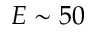
E \sim 5 0